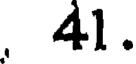
, 41.